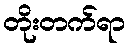
တိုးတက်ရာ